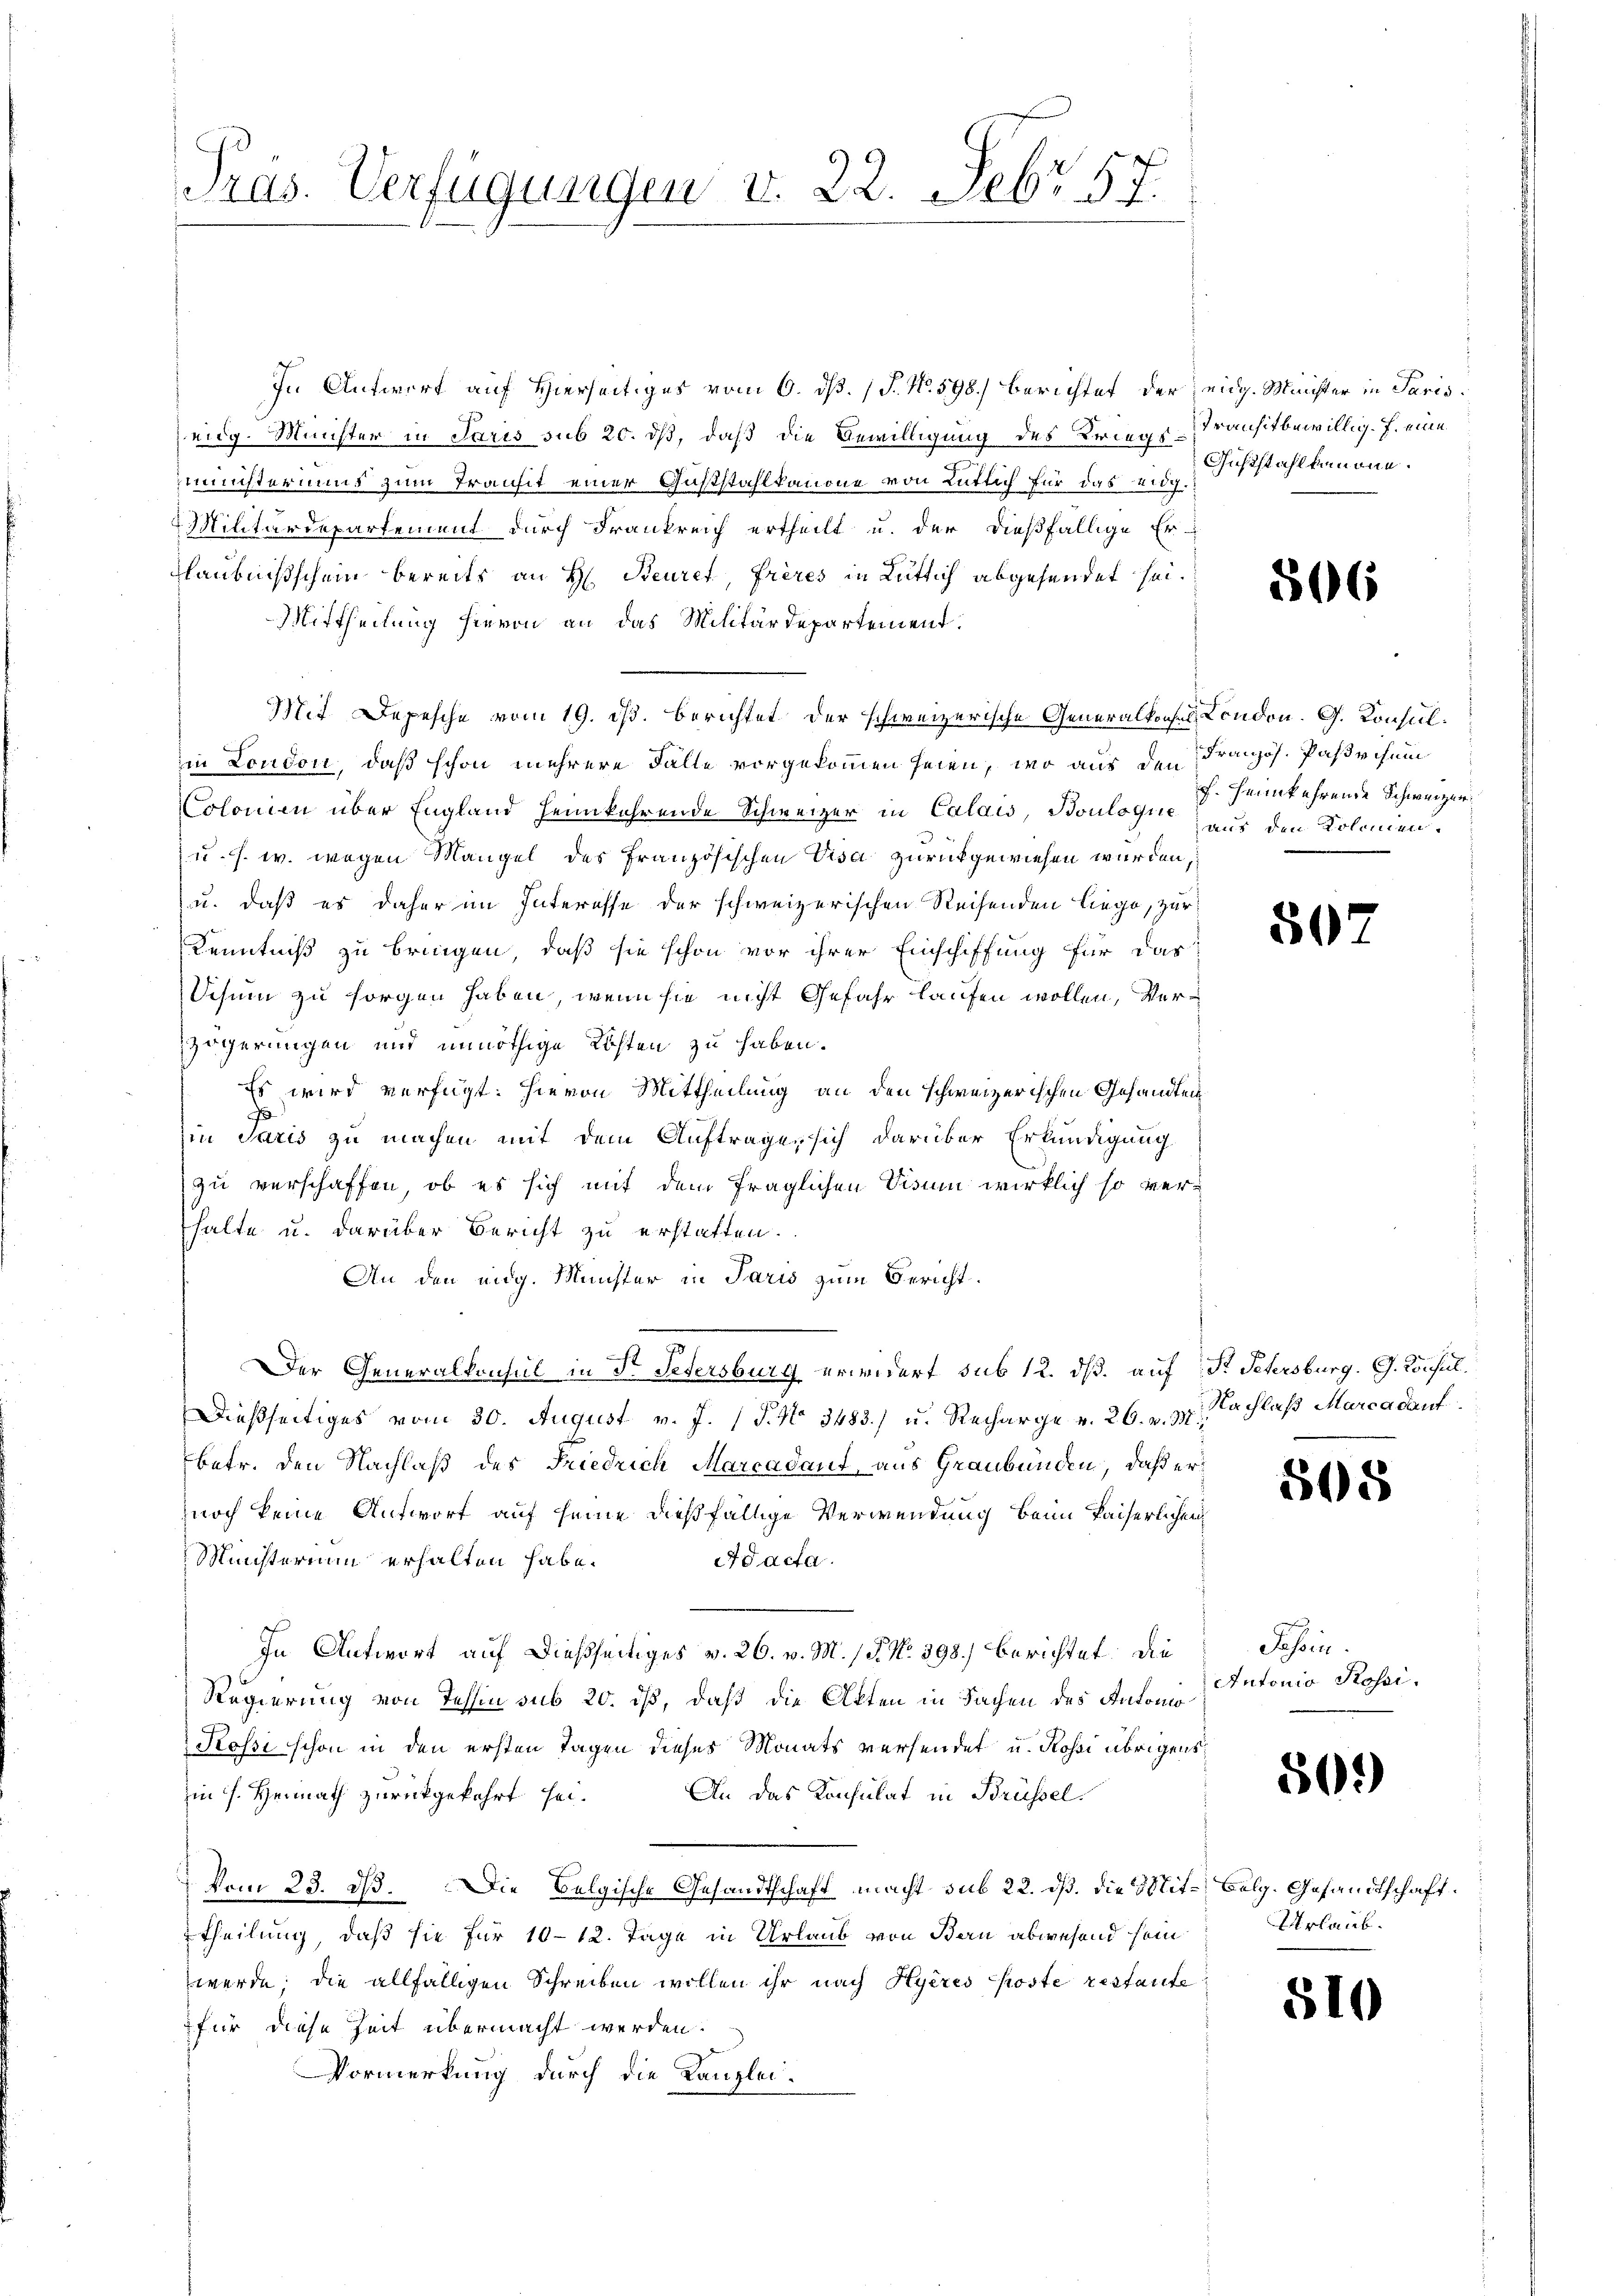
Präs. Verfügungen v. 22. Febr. 57.

In Antwort auf Hierseitiges vom 6. ds. (T. N. 598.) Berichtet der eidg. Meister in Paris
eidg. Minister in Paris sub 20. dß, daß die Bewilligung des Kriegs-Stransit bewillig. J. eine
ministeriums zum Transit einer Guststahlkanone von Lütlich für das 207.
Militärdepartement durch Frankreich ertheilt u. der dießfällige Er
laubnißschein bereits an H. Beuret, frères in Lütlich abgehendet sei.
Mittheilung hievon an das Militärdepartement.
77. Depesche vom 19. ds. berichtet der schweizerische Generalkonsul, London. G. Konsulm London, daß schon mehrere Fälle vorgekommen seien, wo aus den
Colonien über England heimkehrende Schweizer in Calais, Boulogne nur den Kolonien.
u. s. w. wegen Mangel des Französischen Visa zurückgewiesen wurden,
u. daß es daher im Interesse der schweizerischen Reisenden liege, zur
Kenntniß zu bringen, daß sie schon vor ihrer Einschiffung für das
Schum zu sorgen haben, wenn sie nicht Gefahr laufen wollen, Verzögerungen und unnöthige Kosten zu haben.
Es wird verfügt: hievon Mittheilung an den schweizerischen Gesandtenin Paris zu machen mit dem Auftrage sich darüber Erkundigung
zu verschaffen, ob es sich mit dem fraglichen Visum wirklich so verhalte u. darüber Bericht zu erstatten.
An den eidg. Münster in Paris zum Bericht.
Der Generalkonsul in Dr. Petersburg erwidert sub 12. dß. auf Pr Petersburg. G. Konsul
Dießseitiges vom 30. August v. J. 17. No. 3483.) u. Recharge v. 26. v. 3. nachlaß Marcadauf
betr. den Nachlaß des Friedrich Marcadaut, aus Graubünden, daß er
noch keine Antwort auf seine dießfällige Verwendung beim Kaiserlichen
Ministerium erhalten habe.
Adacta.
In Antwort auf dießseitiges v. 26. v. M. P. Nr. 398.) Berichtet: Die
Regierung von Tessin sub 20. ds, daß die Akten in Sachen des Automo
Rossi schon in den ersten Tagen dieses Monats versendet u. Rossi übrigens
An das Konsulat in Brüssel.
in s. Heimath zurückgekehrt sei.
vom 23. ds. Die Belgische Gesandtschaft macht sub 22. dß. die Mit- Belg. Gesandtschaft
rtheilung, daß sie für 10–12. Tage in Urlaub von Bau abwesend sein
werde; die allfälligen Schreiben wollen ihr nach Hyères Koste restante
für diese Zeit übermacht werden.
Vormerkung durch die Kanzlei-

Giststahl kanone.

806

Französ. Passisem
f. heimkehrende Schweizer¬

50

505

Fossin
Antonio Rossi.

569)

Urlaub.

51

)